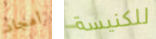
أمجاد للكنيسة